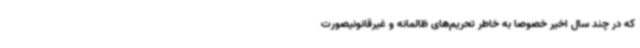
که در چند سال اخیر خصوصا به خاطر تحریم‌های ظالمانه و غیرقانونیصورت